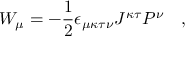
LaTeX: W _ { \mu } = - { \frac { 1 } { 2 } } \epsilon _ { \mu \kappa \tau \nu } J ^ { \kappa \tau } P ^ { \nu } \quad ,